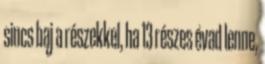
sincs baj a részekkel, ha 13 részes évad lenne,